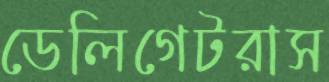
ডেলিগেটরাস